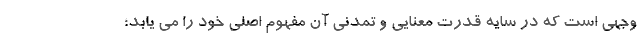
وجهی است که در سایه قدرت معنایی و تمدنی آن مفهوم اصلی خود را می یابد؛